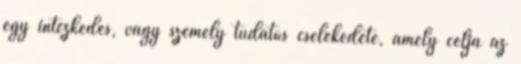
egy intézkedés, vagy személy tudatos cselekedete, amely célja az